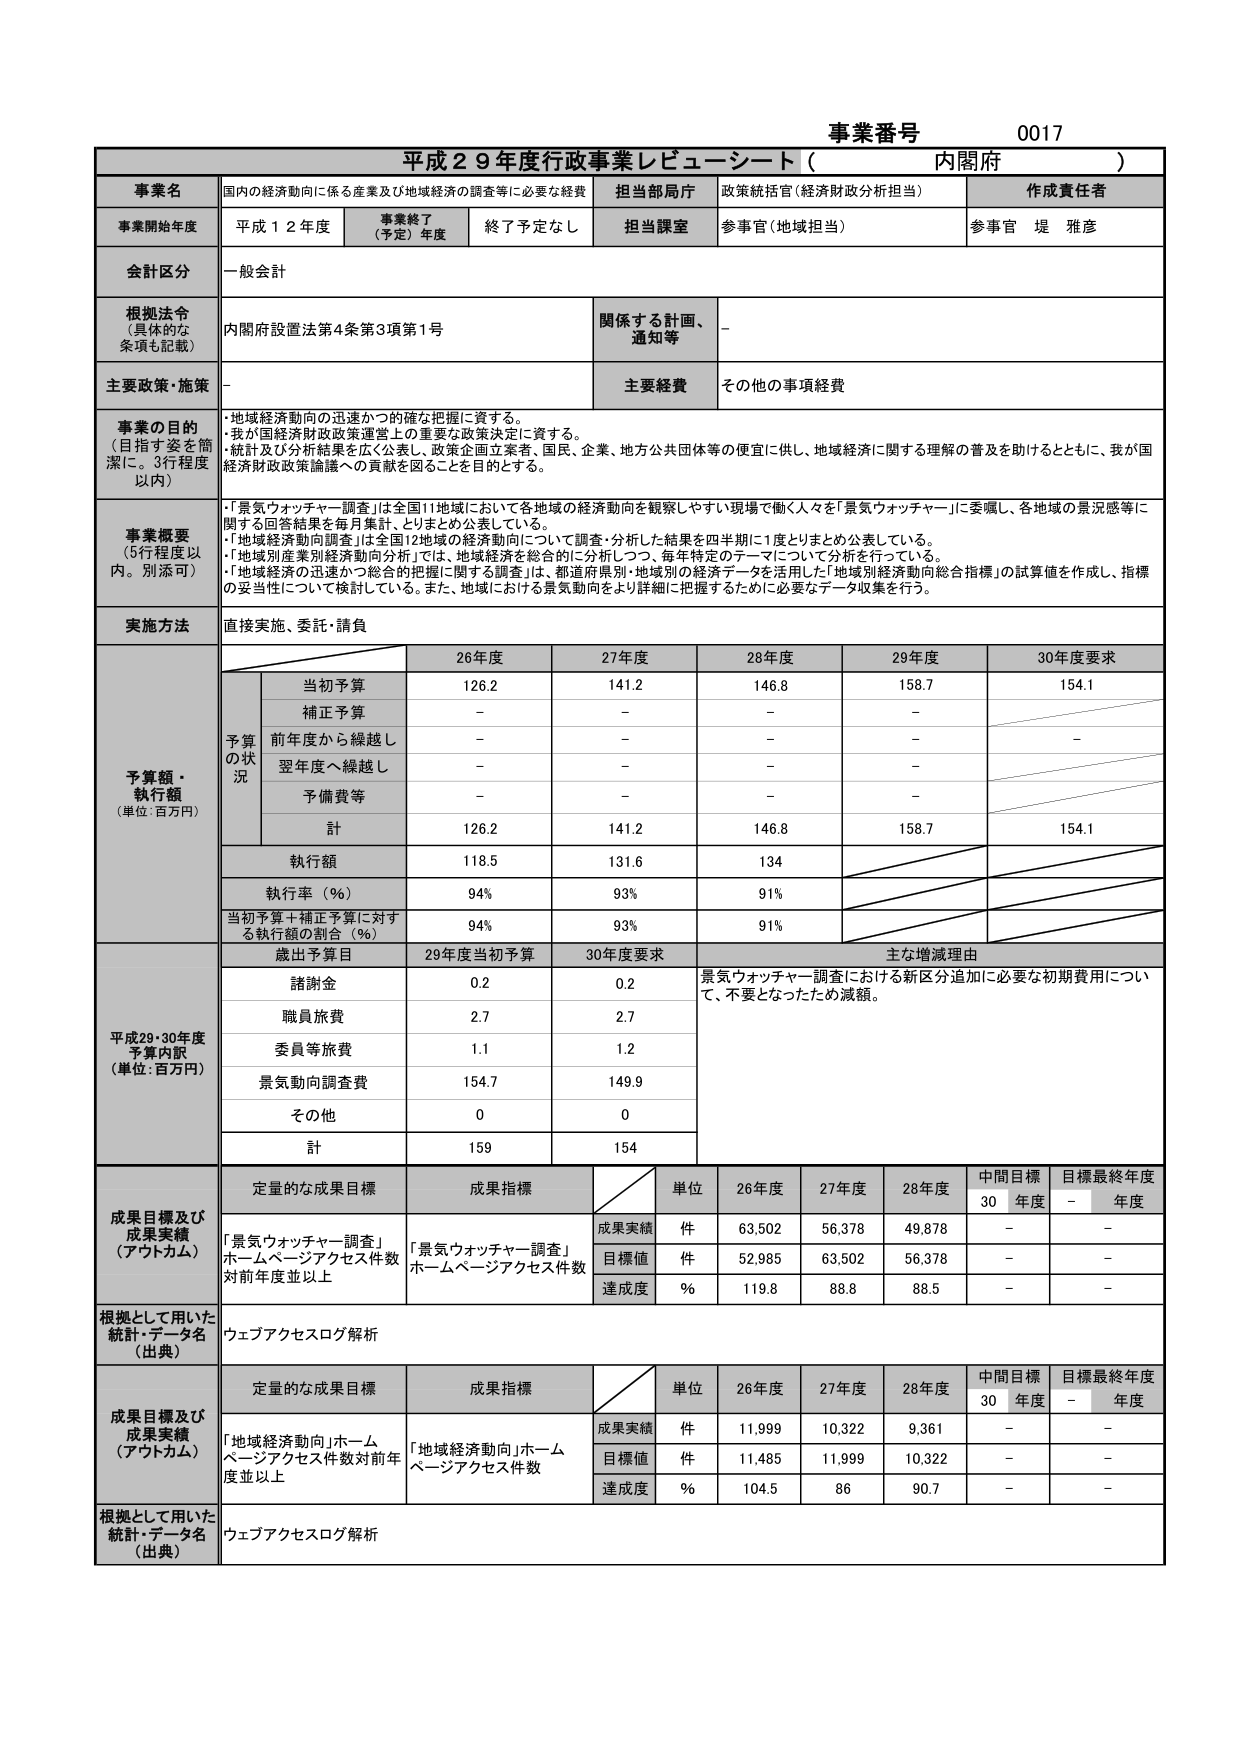
事業番号 0017
平成29年度行政事業レビューシート（内閣府）

事業名 国内の経済動向に係る産業及び地域経済の調査等に必要な経費
担当部局 政策統括官（経済財政分析担当）
作成責任者 参事官 堤 雅彦

事業開始年度 平成12年度
事業終了（予定）年度 終了予定なし
担当課室 参事官（地域担当）

会計区分 一般会計

根拠法令（具体的な条項も記載） 内閣府設置法第4条第3項第1号
関係する計画、通知等 -

主要政策・施策 -
主要経費 その他の事項経費

事業の目的（目指す姿を簡潔に。3行程度以内）
・地域経済動向の迅速かつ的確な把握に資する。
・我が国経済財政政策運営上の重要な政策決定に資する。
・統計及び分析結果を広く公表し、政策企画立案者、国民、企業、地方公共団体等の便宜に供し、地域経済に関する理解の普及を助けるとともに、我が国経済財政政策論議への貢献を図ることを目的とする。

事業概要（5行程度以内。別添可）
・「景気ウォッチャー調査」は全国11地域において各地域の経済動向を観察しやすい現場で働く人々を「景気ウォッチャー」に委嘱し、各地域の景況感等に関する回答結果を毎月集計、とりまとめ公表している。
・「地域経済動向調査」は全国12地域の経済動向について調査・分析した結果を四半期に1度とりまとめ公表している。
・「地域別産業別経済動向分析」では、地域経済を総合的に分析しつつ、毎年特定のテーマについて分析を行っている。
・「地域経済の迅速かつ総合的把握に関する調査」は、都道府県別・地域別の経済データを活用した「地域別経済動向総合指標」の試算値を作成し、指標の妥当性について検討している。また、地域における景気動向をより詳細に把握するために必要なデータ収集を行う。

実施方法 直接実施、委託・請負

予算額・執行額（単位：百万円）
予算の状況
26年度 27年度 28年度 29年度 30年度要求
当初予算 126.2 141.2 146.8 158.7 154.1
補正予算 - - - -
前年度から繰越し - - - - -
翌年度へ繰越し - - - -
予備費等 - - - -
計 126.2 141.2 146.8 158.7 154.1
執行額 118.5 131.6 134
執行率（％） 94% 93% 91%
当初予算＋補正予算に対する執行率の割合（％） 94% 93% 91%

平成29・30年度予算内訳（単位：百万円）
歳出予算目 29年度当初予算 30年度要求 主な増減理由
諸謝金 0.2 0.2 景気ウォッチャー調査における新区分追加に必要な初期費用について、不要となったための減額。
職員旅費 2.7 2.7
委員等旅費 1.1 1.2
景気動向調査費 154.7 149.9
その他 0 0
計 159 154

成果目標及び成果実績（アウトカム）
定量的な成果目標 成果指標
「景気ウォッチャー調査」ホームページアクセス件数対前年度並以上 「景気ウォッチャー調査」ホームページアクセス件数
単位 26年度 27年度 28年度 中間目標30年度 目標最終年度-年度
成果実績 件 63,502 56,378 49,878 - -
目標値 件 52,985 63,502 56,378 - -
達成度 ％ 119.8 88.8 88.5 - -

根拠として用いた統計・データ名（出典） ウェブアクセスログ解析

成果目標及び成果実績（アウトカム）
定量的な成果目標 成果指標
「地域経済動向」ホームページアクセス件数対前年度並以上 「地域経済動向」ホームページアクセス件数
単位 26年度 27年度 28年度 中間目標30年度 目標最終年度-年度
成果実績 件 11,999 10,322 9,361 - -
目標値 件 11,485 11,999 10,322 - -
達成度 ％ 104.5 86 90.7 - -

根拠として用いた統計・データ名（出典） ウェブアクセスログ解析